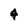
Character: 4